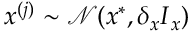
\boldsymbol { x } ^ { ( j ) } \sim \mathcal { N } ( \boldsymbol { x } ^ { * } , \delta _ { x } \boldsymbol { I } _ { x } )